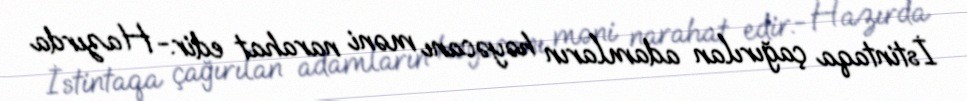
İstintaqa çağırılan adamların həyəcanı məni narahat edir.- Hazırda